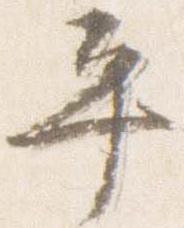
平